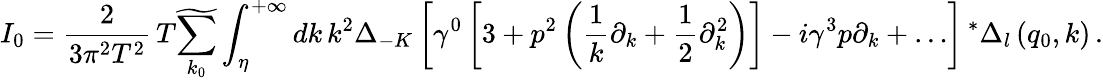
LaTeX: I_{0}=\frac{2}{3\pi^{2}T^{2}}\, T\widetilde{\sum_{k_{0}}}\int_{\eta}^{+\infty}dk\, k^{2}\Delta_{-K}\left[\gamma^{0}\left[3+p^{2}\left(\frac{1}{k}\partial_{k}+\frac{1}{2}\partial_{k}^{2}\right)\right]-i\gamma^{3}p\partial_{k}+\dots\right]\, ^{\ast}\Delta_{l}\left(q_{0},k\right)\, .